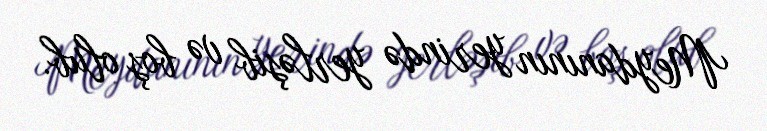
Meydanının yerində yerləşib və boş olub.